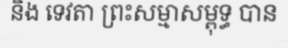
និង ទេវតា ព្រះសម្មាសម្ពុទ្ធ បាន